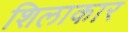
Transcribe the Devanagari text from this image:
शिलाकार